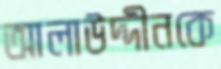
আলাউদ্দীনকে